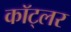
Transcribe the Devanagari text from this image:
कॉट्लर